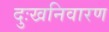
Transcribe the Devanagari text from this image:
दुःखनिवारण